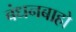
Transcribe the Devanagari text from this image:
बंधनबाहो